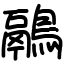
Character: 鷊